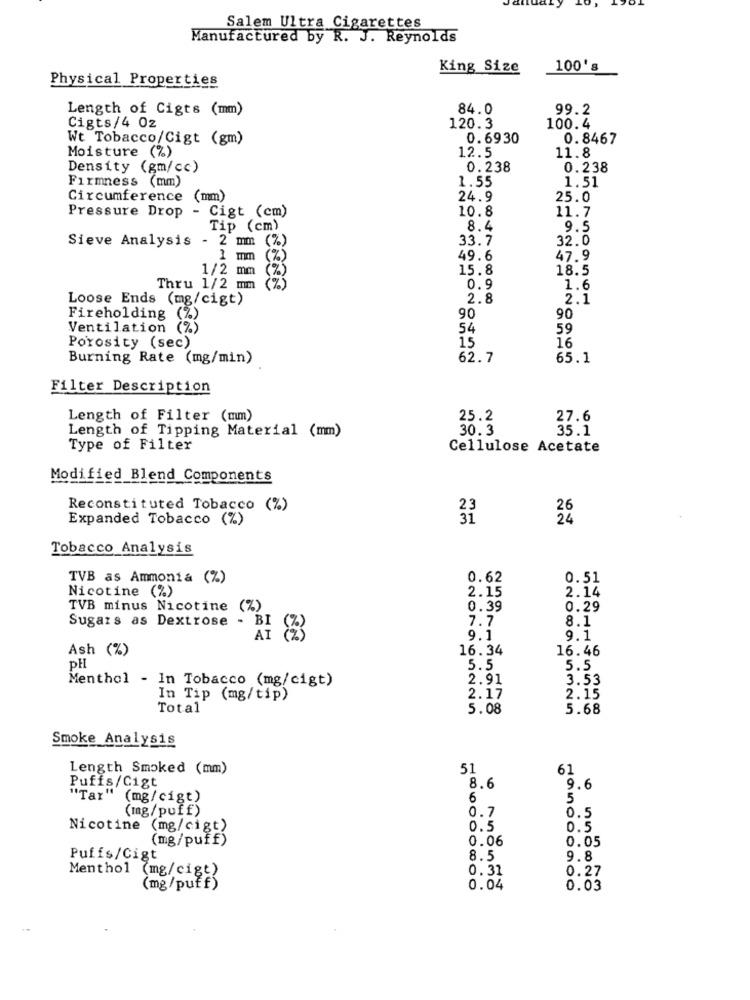
Salem Ultra Cigarettes
Manufactured by R. J. Reynolds
King Size
100's
Physical Properties
Length of Cigts (mm)
84.0
99.2
Cigts/4 0z
120.3
100.4
Wt Tobacco/Cigt (gm)
0.6930
0.8467
12.5
11.8
Moisture (%)
Density (gm/cc)
0.238
0.238
Firmness (mm)
1.55
1.51
Circumference (mm)
24.9
25.0
Pressure Drop - Cigt (cm)
10.8
11.7
Tip (cm)
8.4
9.5
Sieve Analysis - 2 mm (%)
33.7
32.0
1 mm
(%)
49.6
47.9
1/2 mm
15.8
18.5
Thru 1/2 mm
0.9
1.6
Loose Ends (mg/cigt)
2.8
2.1
Fireholding
(%)
90
90
Ventilation
(%)
54
59
15
16
Porosity (sec)
Burning Rate (mg/min)
62.7
65.1
Filter Description
Length of Filter (mm)
25.2
27.6
Length of Tipping Material (mm)
30.3
35.1
Type of Filter
Cellulose Acetate
Modified Blend Components
Reconstituted Tobacco (%)
Expanded Tobacco (%)
31
24
Tobacco Analysis
TVB as Ammonia (%)
0.62
0.51
Nicotine (%)
2.15
2.14
TVB minus Nicotine (%)
0.39
0.29
Sugars as Dextrose - BI
7.7
8.1
AI
9.1
9.1
Ash (%)
16.34
16.46
PH
5.5
5.5
Menthol - In Tobacco (mg/cigt)
2.91
3.53
In Tip (mg/tip)
2.17
2.15
Total
5.08
5.68
Smoke Analysis
Length Smoked (mm)
51
61
Puffs/Cigt
8.6
9.6
"Tar" (mg/cigt)
6
5
(mg/puff)
0.7
0.5
Nicotine (mg/cigt)
0.5
0.5
(mg/puff)
0.06
0.05
Puffs/Cigt
8.5
9.8
0.31
0.27
Menthol (mg/cigt)
(mg/puff)
0.04
0.03